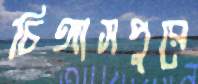
চিঙ্গাসপুরে